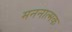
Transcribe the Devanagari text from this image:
मननात्मक